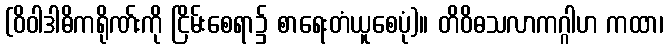
(ဝိဝါဒါဓိကရိုဏ်းကို ငြိမ်းစေရာ၌ စာရေးတံယူစေပုံ)။ တိဝိဓသလာကဂ္ဂါဟ ကထာ၊